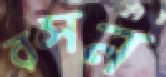
রসন